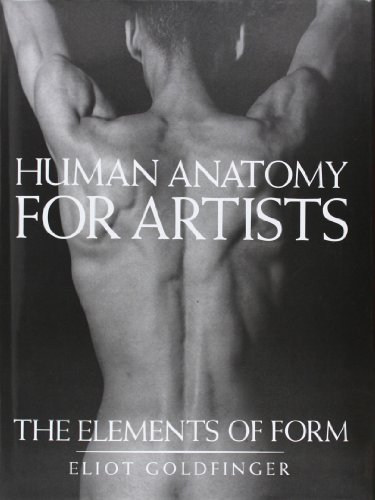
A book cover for Human Anatomy for Artists: The Elements of Form; Eliot Goldfinger; Arts & Photography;